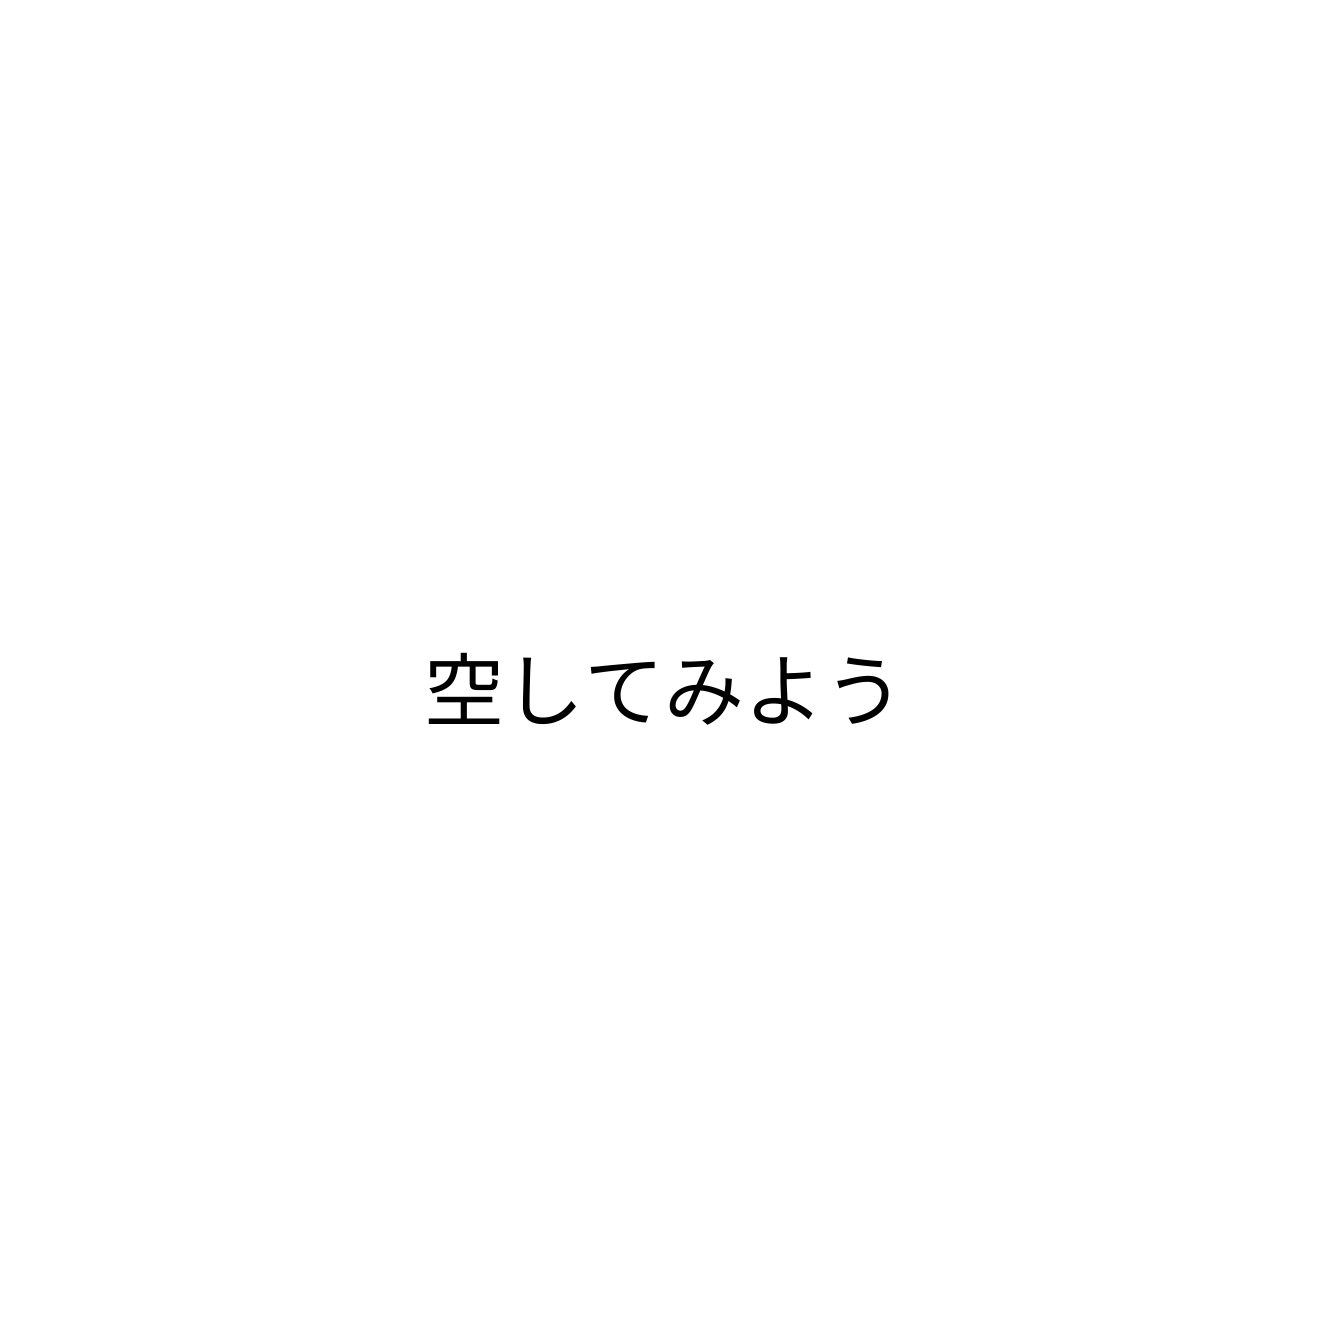
空してみよう